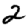
Digit: 2